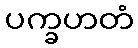
ပက္ခဟတံ